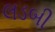
લડબી